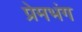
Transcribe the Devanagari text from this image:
प्रेमभंग